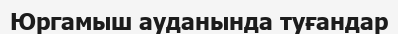
Юргамыш ауданында туғандар